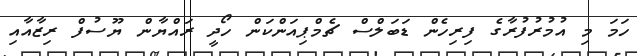
ހަމަ މި އުމުރުފުރާގެ ފިރިހެން ޑަބަލްސް ޗެމްޕިއަންކަން ހޯދީ ރައްޔާން ޔޫސުފް ރިޒާއާއި